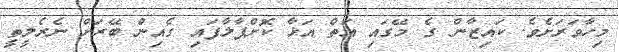
މިހާވަރަށެވެ. ކައިޒާން ގެ މޭގައި އަތް އަޅާ ކޮށްޕާލާފައި ގެއިން ބޭރަށް ނެރެލީތީ